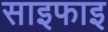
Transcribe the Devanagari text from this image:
साइफाइ